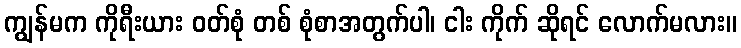
ကျွန်မက ကိုရီးယား ဝတ်စုံ တစ် စုံစာအတွက်ပါ၊ ငါး ကိုက် ဆိုရင် လောက်မလား။